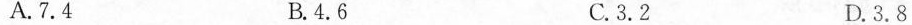
A.7.4 B.4.6 C.3.2 D.3.8